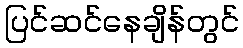
ပြင်ဆင်နေချိန်တွင်